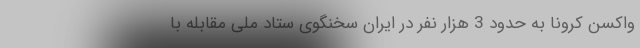
واکسن کرونا به حدود 3 هزار نفر در ایران سخنگوی ستاد ملی مقابله با